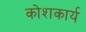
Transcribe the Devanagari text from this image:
कोशकार्य